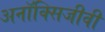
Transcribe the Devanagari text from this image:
अनॉक्सिजीवी